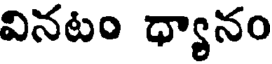
వినటం ధ్యానం